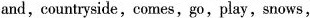
and,countryside,comes,go,play,snows,